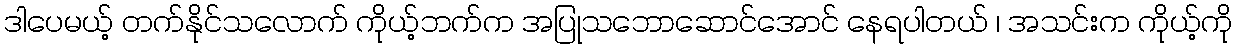
ဒါပေမယ့် တက်နိုင်သလောက် ကိုယ့်ဘက်က အပြုသဘောဆောင်အောင် နေရပါတယ် ၊ အသင်းက ကိုယ့်ကို